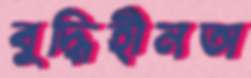
বুদ্ধিহীনতা